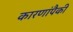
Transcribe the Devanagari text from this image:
कारणांपैकी